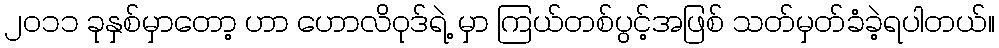
၂၀၁၁ ခုနှစ်မှာတော့ ဟာ ဟောလိဝုဒ်ရဲ့ မှာ ကြယ်တစ်ပွင့်အဖြစ် သတ်မှတ်ခံခဲ့ရပါတယ်။